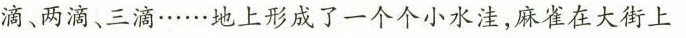
滴、两滴、三滴……地上形成了一个个小水洼，麻雀在大街上